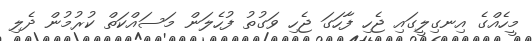
މީހެއްގެ އިނގިލީގައި ޖެހި ފާހަގަ ޖެހި ވަގުތު ފުހެލަން މަސައްކަތް ކުރުމުން ދެލި